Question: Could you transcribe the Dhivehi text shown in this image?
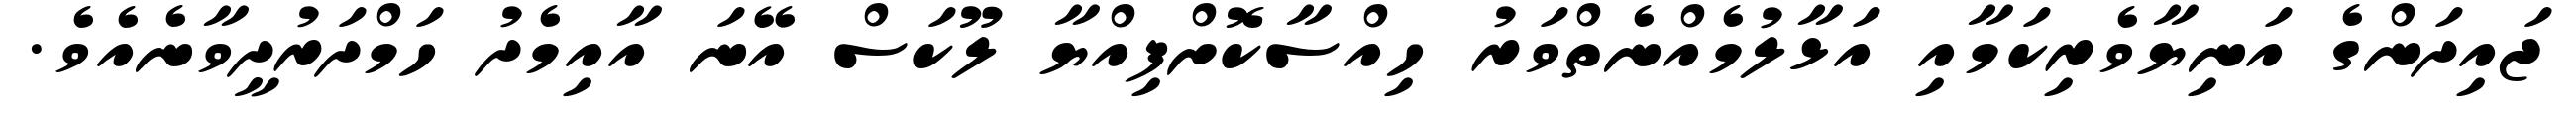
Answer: ޖައިދަންގެ އަނިޔާވެރިކަމާއި އަޅާލުމެއްނެތްވަރު ހިއްސާކޮށްފިއްޔާ ލޫކަސް އޭނަ އާއިމެދު ހަމްދަރުދީވާނެއެވެ.